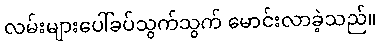
လမ်းများပေါ်ခပ်သွက်သွက် မောင်းလာခဲ့သည်။